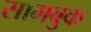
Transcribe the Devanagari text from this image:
सामबुक